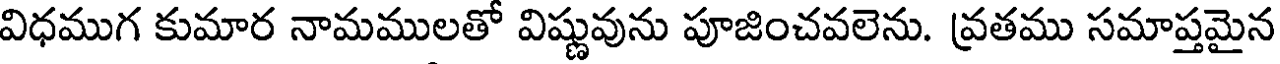
విధముగ కుమార నామములతో విష్ణువును పూజించవలెను. వ్రతము సమాప్తమైన